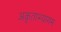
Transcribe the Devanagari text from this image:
अकृताभ्यागम